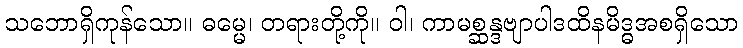
သဘောရှိကုန်သော။ ဓမ္မေ၊ တရားတို့ကို။ ဝါ၊ ကာမစ္ဆန္ဒဗျာပါဒထိနမိဒ္ဓအစရှိသော